Annual administration and progress report of the Indian Medical Department, Bombay
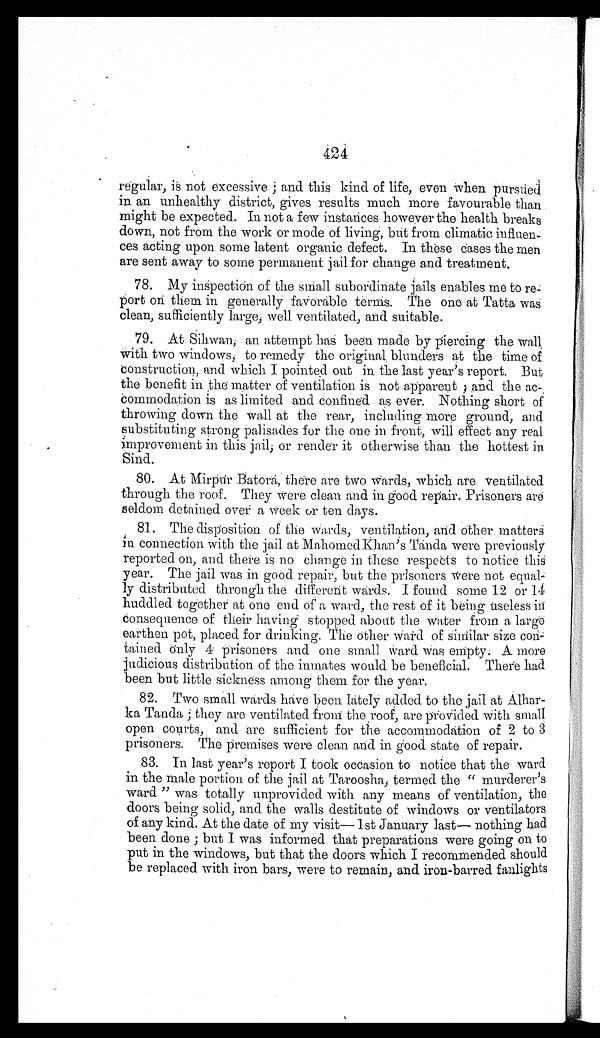
424
regular, is not excessive; and this kind of life, even when pursued
in an unhealthy district, gives results much more favourable than
might be expected. In not a few instances however the health breaks
down, not from the work or mode of living, but from climatic influen
-ces acting upon some latent organic defect. In these Cases the men
are sent away to some permanent jail for change and treatment.
78. My inspection of the small subordinate jails enables me to re
-
port on them in generally favorable terms. The one at Tatta was
clean, sufficiently large, well ventilated, and suitable.
79. At Sihwan, an attempt has been made by piercing the wall
with two windows, to remedy the original blunders at the time of
construction, and which I pointed out in the last year's report. But
the benefit in the matter of ventilation is not apparent; and the ac
-commodation is as limited and confined as ever. Nothing short of
throwing down the wall at the rear, including more ground, and
substituting strong palisades for the one in front, will effect any real
improvement in this jail, or render it otherwise than the hottest in
Sind.
80. At Mirpur Batora, there are two wards, which are ventilated
through the roof. They were clean and in good repair. Prisoners are
seldom detained over a week or ten days.
81. The disposition of the wards, ventilation, and Other matters
in connection with the jail at Mahomed Khan's Tanda were previously
reported on, and there is no change in these respects to notice this
year. The jail was in good repair, but the prisoners were not equa
l - l y d i s t r i b u t e d t h r o u g h t h e d i f f e r e n t w a r d s . I f o u n d s o m e 1 2 o r 1 4
huddled together at one end of a ward, the rest of it being useless
i n c
onsequence of their having stopped about the water from a large
earthen pot, placed for drinking. The other ward of similar size con
-tained only 4 prisoners and one small ward was empty. A more
judicious distribution of the inmates would be beneficial. There had
been but little sickness among them for the year.
82. Two small wards have been lately added to the jail at Alhar
-ka Tanda; they are ventilated from the roof, are provided with small
open courts, and are sufficient for the accommodation of 2 to 3
prisoners. The premises were clean and in good state of repair.
83. In last year's report I took occasion to notice that the ward
in the male portion of the jail at Taroosha, termed the "murderer's
ward" was totally unprovided with any means of ventilation, the
doors being solid, and the walls destitute of windows or ventilators
of any kind. At the date of my visit—1st January last—nothing had
been done; but I was informed that preparations were going on to
put in the windows, but that the doors which I recommended should
be replaced with iron bars, were to remain, and iron-barred fanlights